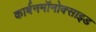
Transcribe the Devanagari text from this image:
कार्बनमॉनोक्साइड